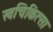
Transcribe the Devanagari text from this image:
स्वचिकित्सा